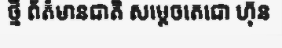
ថ្មី ព័ត៌មានជាតិ សម្តេចតេជោ ហ៊ុន